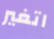
اتغير